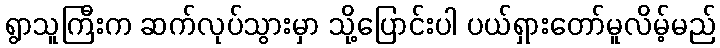
ရွာသူကြီးက ဆက်လုပ်သွားမှာ သို့ပြောင်းပါ ပယ်ရှားတော်မူလိမ့်မည်